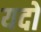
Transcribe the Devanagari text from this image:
यदो